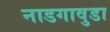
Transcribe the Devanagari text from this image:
नाडगावुडा